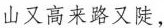
山又高来路又陡，